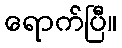
ရောက်ပြီ။